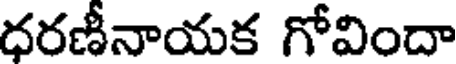
ధరణీనాయక గోవిందా